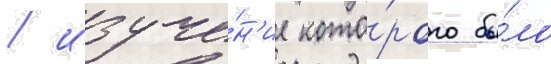
/ изуче́н'ие кото́рого бы́ло